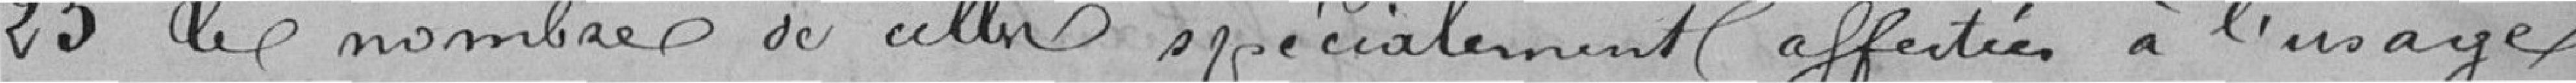
25 le nombre de celles spécialement affectées à l'usage